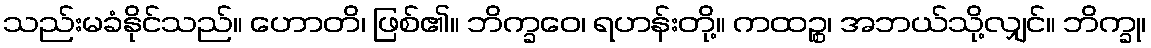
သည်းမခံနိုင်သည်။ ဟောတိ၊ ဖြစ်၏။ ဘိက္ခဝေ၊ ရဟန်းတို့။ ကထဉ္စ၊ အဘယ်သို့လျှင်။ ဘိက္ခု၊